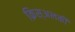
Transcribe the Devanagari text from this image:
क्रिस्अलकी